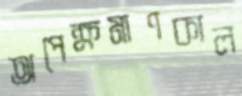
অপেক্ষমাণকাল